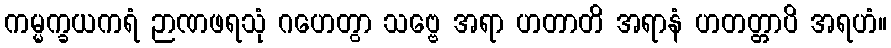
ကမ္မက္ခယကရံ ဉာဏဖရသုံ ဂဟေတွာ သဗ္ဗေ အရာ ဟတာတိ အရာနံ ဟတတ္တာပိ အရဟံ။